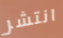
انتشر